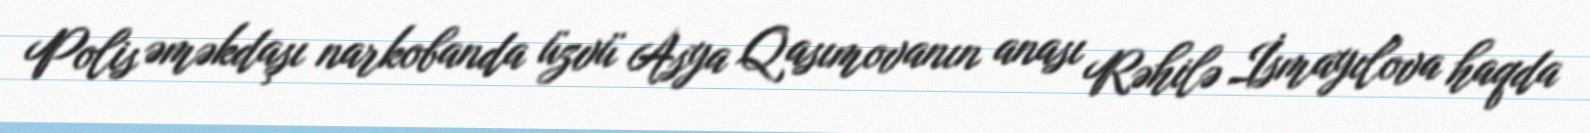
Polis əməkdaşı narkobanda üzvü Asya Qasımovanın anası Rəhilə İsmayılova haqda